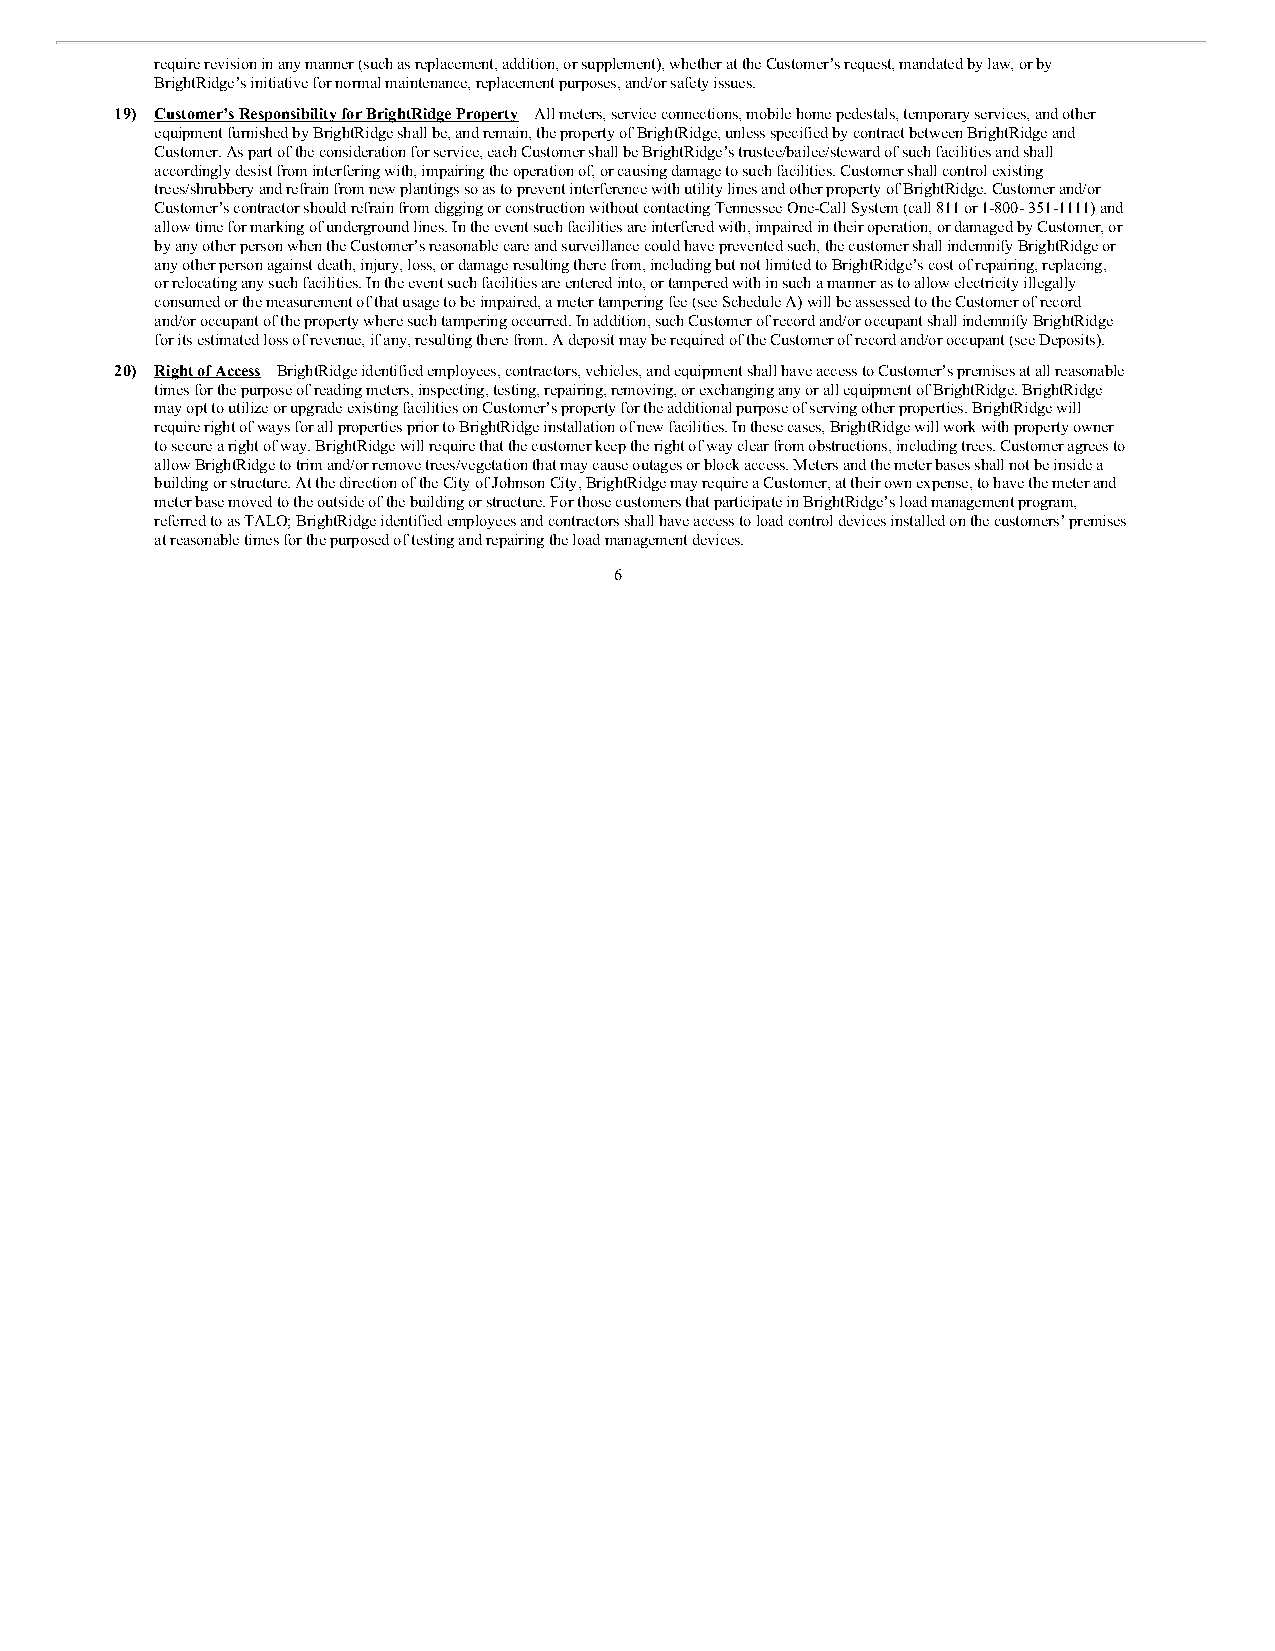
require revision in any manner (such as replacement, addition, or supplement), whether at the Customer’s request, mandated by law, or by
 BrightRidge’s initiative for normal maintenance, replacement purposes, and/or safety issues.
 19) Customer’s Responsibility for BrightRidge Property – All meters, service connections, mobile home pedestals, temporary services, and other
 equipment furnished by BrightRidge shall be, and remain, the property of BrightRidge, unless specified by contract between BrightRidge and
 Customer. As part of the consideration for service, each Customer shall be BrightRidge’s trustee/bailee/steward of such facilities and shall
 accordingly desist from interfering with, impairing the operation of, or causing damage to such facilities. Customer shall control existing
 trees/shrubbery and refrain from new plantings so as to prevent interference with utility lines and other property of BrightRidge. Customer and/or
 Customer’s contractor should refrain from digging or construction without contacting Tennessee One-Call System (call 811 or 1-800- 351-1111) and
 allow time for marking of underground lines. In the event such facilities are interfered with, impaired in their operation, or damaged by Customer, or
 by any other person when the Customer’s reasonable care and surveillance could have prevented such, the customer shall indemnify BrightRidge or
 any other person against death, injury, loss, or damage resulting there from, including but not limited to BrightRidge’s cost of repairing, replacing,
 or relocating any such facilities. In the event such facilities are entered into, or tampered with in such a manner as to allow electricity illegally
 consumed or the measurement of that usage to be impaired, a meter tampering fee (see Schedule A) will be assessed to the Customer of record
 and/or occupant of the property where such tampering occurred. In addition, such Customer of record and/or occupant shall indemnify BrightRidge
 for its estimated loss of revenue, if any, resulting there from. A deposit may be required of the Customer of record and/or occupant (see Deposits).
 20) Right of Access – BrightRidge identified employees, contractors, vehicles, and equipment shall have access to Customer’s premises at all reasonable
 times for the purpose of reading meters, inspecting, testing, repairing, removing, or exchanging any or all equipment of BrightRidge. BrightRidge
 may opt to utilize or upgrade existing facilities on Customer’s property for the additional purpose of serving other properties. BrightRidge will
 require right of ways for all properties prior to BrightRidge installation of new facilities. In these cases, BrightRidge will work with property owner
 to secure a right of way. BrightRidge will require that the customer keep the right of way clear from obstructions, including trees. Customer agrees to
 allow BrightRidge to trim and/or remove trees/vegetation that may cause outages or block access. Meters and the meter bases shall not be inside a
 building or structure. At the direction of the City of Johnson City, BrightRidge may require a Customer, at their own expense, to have the meter and
 meter base moved to the outside of the building or structure. For those customers that participate in BrightRidge’s load management program,
 referred to as TALO; BrightRidge identified employees and contractors shall have access to load control devices installed on the customers’ premises
 at reasonable times for the purposed of testing and repairing the load management devices.
 6